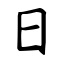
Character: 日